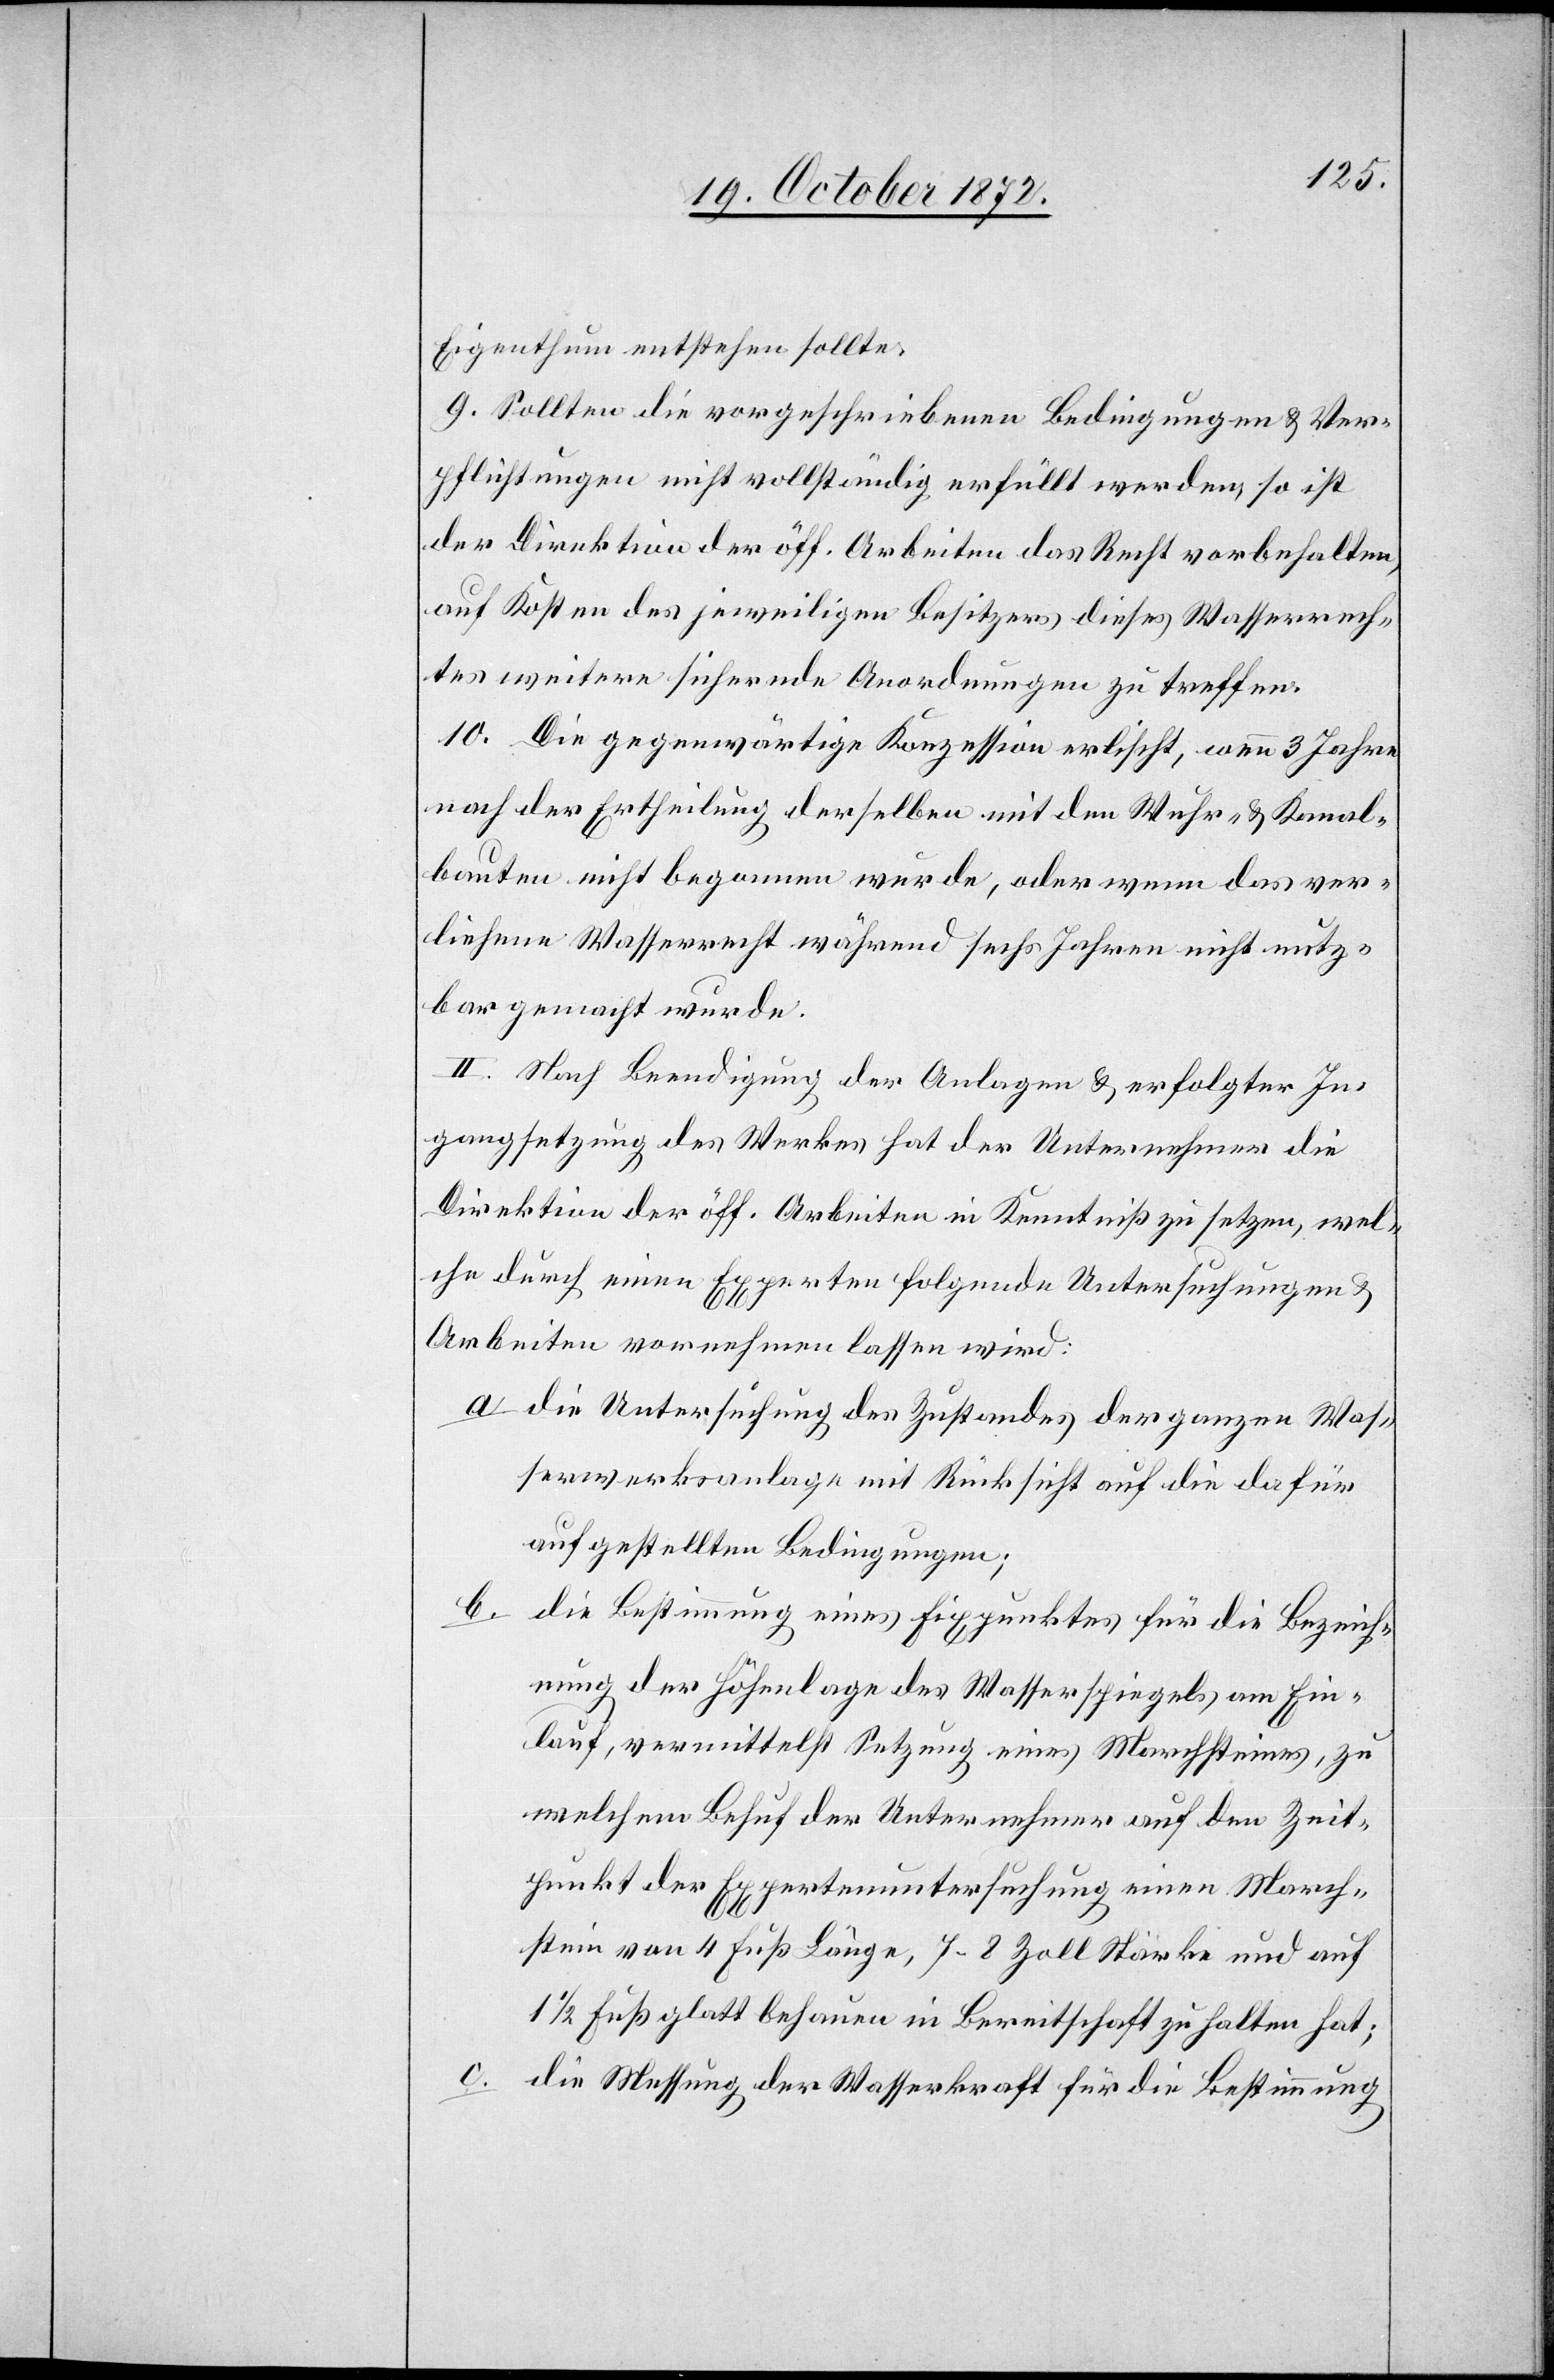
Eigenthum entstehen sollte.
9. Sollten die vorgeschriebenen Bedingungen u. Ver¬
pflichtungen nicht vollständig erfüllt werden so ist
der Direktion der öff. Arbeiten das Recht vorbehalten,
auf Kosten des jeweiligen Besitzers dieses Wasserrech¬
tes weitere sichernde Anordnungen zu treffen.
10. Die gegenwärtige Konzession erlischt, wenn 3 Jahre
nach der Ertheilung derselben mit den Wuhr- u. Kanal¬
bauten nicht begonnen wurde, oder wenn das ver¬
liehene Wasserrecht während sechs Jahren nicht nutz¬
bar gemacht wurde.
II. Nach Beendigung der Anlagen u. erfolgter In¬
gangsetzung des Werkes hat der Unternehmer die
Direktion der öff. Arbeiten in Kenntniß zu setzen, wel¬
che durch einen Experten folgende Untersuchung u.
Arbeiten vornehmen lassen wird:
a. die Untersuchung des Zustandes der ganzen Was¬
serwerksanlage mit Rücksicht auf die dafür
aufgestellten Bedingungen;
b.
die Bestimmung eines Fixpunktes für die Bezeich¬
nung der Höhenlage des Wasserspiegels am Ein¬
lauf, vermittelst Setzung eines Marchsteines, zu
welchem Behuf der Unternehmer auf den Zeit¬
punkt der Expertenuntersuchung einen March¬
stein von 4 Fuß Länge, 7–8 Zoll Stärke und auf
1/2 Fuß glatt behauen in Bereitschaft zu halten hat;
die Messung der Wasserkraft für die Bestimmung